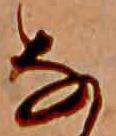
な